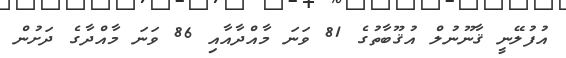
އުފުލޭނީ ޤާނޫނުލް އުޤޫބާތުގެ 81 ވަނަ މާއްދާއާއި 86 ވަނަ މާއްދާގެ ދަށުން